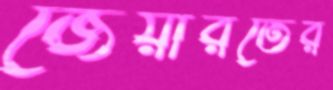
জেয়ারতের